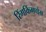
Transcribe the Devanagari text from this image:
रिंगकिंगपोंग